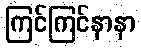
ကြင်ကြင်နာနာ